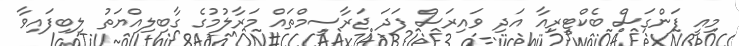
މިއީ ފަންގަސް ބެކްޓީރިއާ އަދި ވައިރަސް ފަދަ ޖަރާސީމްތައް މަރާލުމުގެ ގާބިލިއްޔަތު ލިބިފައިވާ